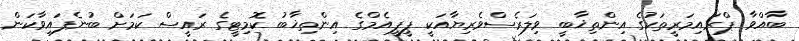
ބާއްވާ ޕްރައިމަރީތަކުގެ އިންތިޚާބީ ވިލަރެސްވެރިޔާއަކީ ޕީޕީއެމްގެ އިންތިޚާބު ކޮމިޓީގެ ރައީސް ކަމަށް ބުނެފައިވާކަން